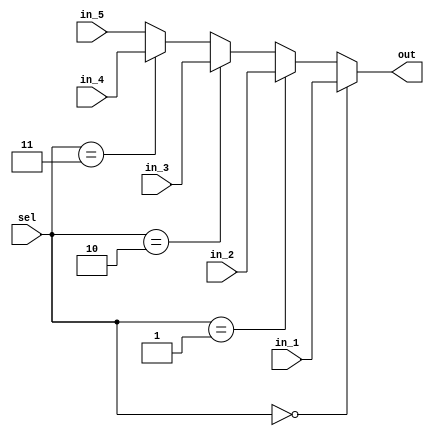
module mux5_1(
input  wire [31:0]in_1, 
input  wire [31:0]in_2,
input  wire [31:0]in_3,
input  wire [31:0]in_4,
input  wire [31:0]in_5,
input  wire [2:0] sel,
output wire [31:0]out);
  
assign out =  (sel == 3'b000)? in_1:
              (sel == 3'b001)? in_2:
			  (sel == 3'b010)? in_3:
			  (sel == 3'b011)? in_4: in_5 ;
  
  
endmodule